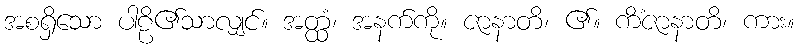
အစရှိသော ပါဠိ၏သာလျှင်။ အတ္ထံ၊ အနက်ကို။ ဇာနာတိ၊ ၏။ ကိံဇာနာတိ၊ ကား။